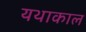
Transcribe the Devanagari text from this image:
यथाकाल